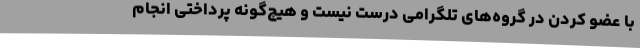
با عضو کردن در گروه‌های تلگرامی درست نیست و هیچ‌گونه پرداختی انجام